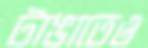
টাঙাতেও